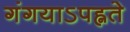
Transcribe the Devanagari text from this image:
गंगयाऽपह्नते